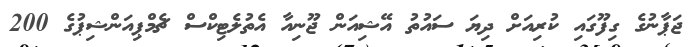
ޖަޕާނުގެ ގިފޫގައި ކުރިއަށް ދިޔަ ސައުތު އޭޝިއަން ޖޫނިއާ އެތުލެޓިކްސް ޗެމްޕިއަންޝިޕުގެ 200